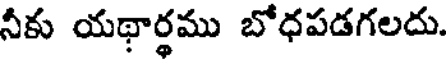
నీకు యథార్థము బోధపడగలదు.